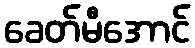
ခေတ်မီအောင်